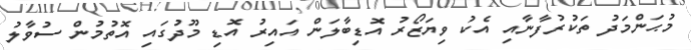
މުޙަންމަދު ތަކުރުފާނާއި އެކު ވިޔަޒޯރު އޮޑިބާލަން އައިރު އޮޑި މޫދުގައި އޮތުމުން ސުވާލު